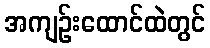
အကျဉ်းထောင်ထဲတွင်